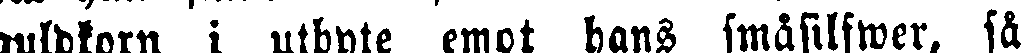
guldkorn i utbyte emot hans småsilfwer, så